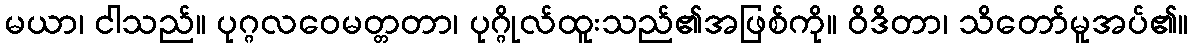
မယာ၊ ငါသည်။ ပုဂ္ဂလဝေမတ္တတာ၊ ပုဂ္ဂိုလ်ထူးသည်၏အဖြစ်ကို။ ဝိဒိတာ၊ သိတော်မူအပ်၏။